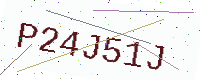
Text: P24J51J